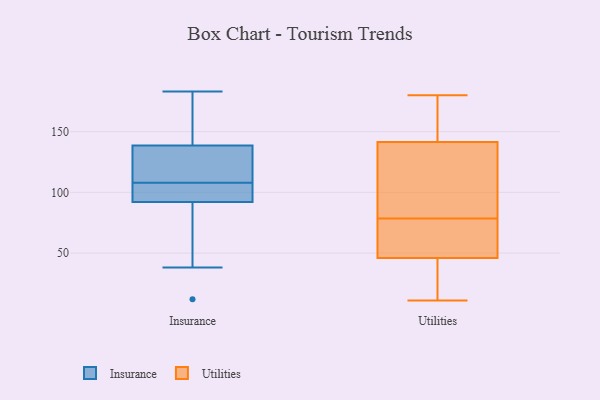
{"axis": {"x": "Conversion Rate (%)", "y": "Value"}, "legend": ["Insurance", "Utilities"], "data": [{"x": "", "y": 98, "type": "Insurance"}, {"x": "", "y": 91, "type": "Insurance"}, {"x": "", "y": 146, "type": "Insurance"}, {"x": "", "y": 108, "type": "Insurance"}, {"x": "", "y": 98, "type": "Insurance"}, {"x": "", "y": 175, "type": "Insurance"}, {"x": "", "y": 12, "type": "Insurance"}, {"x": "", "y": 93, "type": "Insurance"}, {"x": "", "y": 63, "type": "Insurance"}, {"x": "", "y": 131, "type": "Insurance"}, {"x": "", "y": 152, "type": "Insurance"}, {"x": "", "y": 126, "type": "Insurance"}, {"x": "", "y": 116, "type": "Insurance"}, {"x": "", "y": 108, "type": "Insurance"}, {"x": "", "y": 38, "type": "Insurance"}, {"x": "", "y": 183, "type": "Insurance"}, {"x": "", "y": 180, "type": "Utilities"}, {"x": "", "y": 11, "type": "Utilities"}, {"x": "", "y": 55, "type": "Utilities"}, {"x": "", "y": 47, "type": "Utilities"}, {"x": "", "y": 177, "type": "Utilities"}, {"x": "", "y": 98, "type": "Utilities"}, {"x": "", "y": 114, "type": "Utilities"}, {"x": "", "y": 59, "type": "Utilities"}, {"x": "", "y": 31, "type": "Utilities"}, {"x": "", "y": 45, "type": "Utilities"}, {"x": "", "y": 125, "type": "Utilities"}, {"x": "", "y": 158, "type": "Utilities"}]}